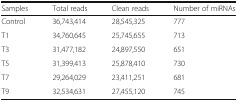
| Samples | Total reads | Clean reads | Number of miRNAs |
 | --- | --- | --- | --- |
 | Control | 36,743,414 | 28,545,325 | 777 |
 | T1 | 34,760,645 | 25,745,655 | 713 |
 | T3 | 31,477,182 | 24,897,550 | 651 |
 | T5 | 31,399,413 | 25,878,410 | 730 |
 | T7 | 29,264,029 | 23,411,251 | 681 |
 | T9 | 32,534,631 | 27,455,120 | 745 |